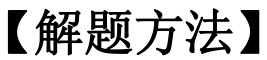
【解题方法】